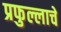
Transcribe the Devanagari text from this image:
प्रफुल्लाचे